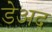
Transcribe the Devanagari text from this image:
डेअद